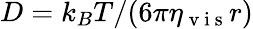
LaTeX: D=k_{B}T/(6\pi\eta_{\mathrm{~v~i~s~}}r)